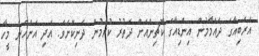
އަރަބިއާގެ ދައްމާމުން އިންޑިއާގެ ކޮޗިންއަށް ދަތުރު ކުރަމުން ދަނިކޮށެވެ. އަދި އަންހެން މީހާ